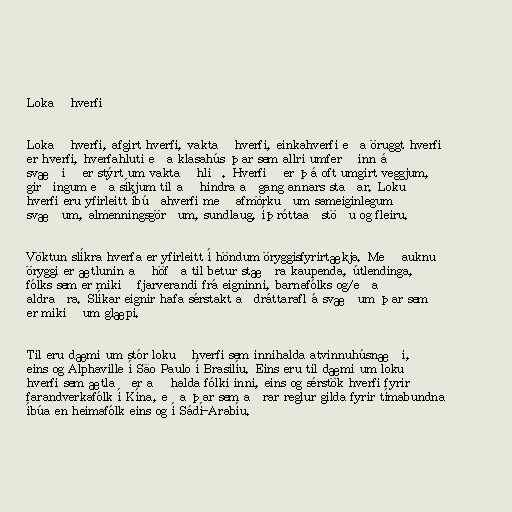
Lokað hverfi

Lokað hverfi, afgirt hverfi, vaktað hverfi, einkahverfi eða öruggt hverfi
er hverfi, hverfahluti eða klasahús þar sem allri umferð inn á
svæðið er stýrt um vaktað hlið. Hverfið er þá oft umgirt veggjum,
girðingum eða síkjum til að hindra aðgang annars staðar. Lokuð
hverfi eru yfirleitt íbúðahverfi með afmörkuðum sameiginlegum
svæðum, almenningsgörðum, sundlaug, íþróttaaðstöðu og fleiru.

Vöktun slíkra hverfa er yfirleitt í höndum öryggisfyrirtækja. Með auknu
öryggi er ætlunin að höfða til betur stæðra kaupenda, útlendinga,
fólks sem er mikið fjarverandi frá eigninni, barnafólks og/eða
aldraðra. Slíkar eignir hafa sérstakt aðdráttarafl á svæðum þar sem
er mikið um glæpi.

Til eru dæmi um stór lokuð hverfi sem innihalda atvinnuhúsnæði,
eins og Alphaville í São Paulo í Brasilíu. Eins eru til dæmi um lokuð
hverfi sem ætlað er að halda fólki inni, eins og sérstök hverfi fyrir
farandverkafólk í Kína, eða þar sem aðrar reglur gilda fyrir tímabundna
íbúa en heimafólk eins og í Sádí-Arabíu.